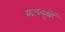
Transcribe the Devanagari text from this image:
लतावृक्षों